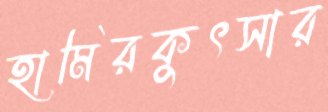
হামিরকুৎসার